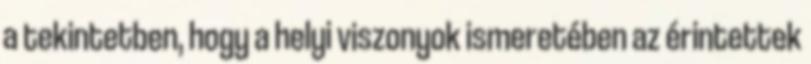
a tekintetben, hogy a helyi viszonyok ismeretében az érintettek